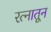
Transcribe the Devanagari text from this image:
रत्‍नातून